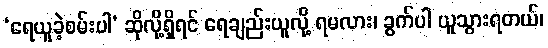
‘ရေယူခဲ့စမ်းပါ’ ဆိုလို့ရှိရင် ရေချည်းယူလို့ ရမလား၊ ခွက်ပါ ယူသွားရတယ်၊